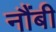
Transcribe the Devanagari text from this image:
नौंबी